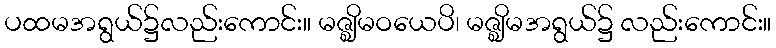
ပထမအရွယ်၌လည်းကောင်း။ မဇ္ဈိမဝယေပိ၊ မဇ္ဈိမအရွယ်၌ လည်းကောင်း။